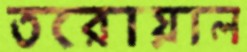
তরোয়াল